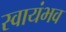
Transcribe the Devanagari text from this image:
स्वायंभव